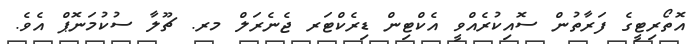
އޮތޯރިޓީގެ ފަރާތުން ސޮއިކުރެއްވީ އެކްޓިން ޑިރެކްޓަރ ޖެނެރަލް މރ. ޗޫލާ ސުކުމަނޮޕް އެވެ.